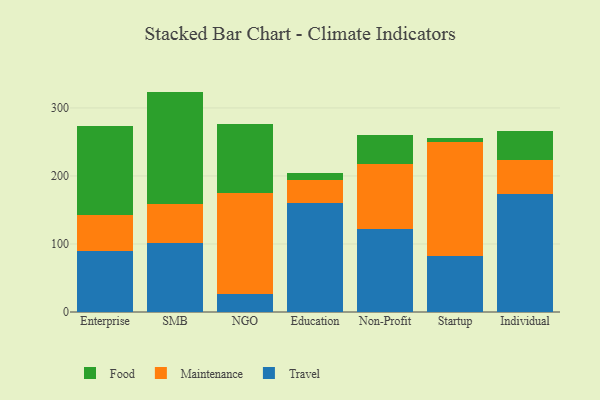
{"axis": {"x": "Segment", "y": "Operating Costs (USD K)"}, "legend": ["Food", "Maintenance", "Travel"], "data": [{"x": "Enterprise", "y": 90.2, "type": "Travel"}, {"x": "Enterprise", "y": 52.8, "type": "Maintenance"}, {"x": "Enterprise", "y": 130.0, "type": "Food"}, {"x": "SMB", "y": 101.9, "type": "Travel"}, {"x": "SMB", "y": 56.5, "type": "Maintenance"}, {"x": "SMB", "y": 165.6, "type": "Food"}, {"x": "NGO", "y": 27.1, "type": "Travel"}, {"x": "NGO", "y": 147.9, "type": "Maintenance"}, {"x": "NGO", "y": 101.6, "type": "Food"}, {"x": "Education", "y": 159.6, "type": "Travel"}, {"x": "Education", "y": 34.9, "type": "Maintenance"}, {"x": "Education", "y": 10.4, "type": "Food"}, {"x": "Non-Profit", "y": 121.4, "type": "Travel"}, {"x": "Non-Profit", "y": 95.6, "type": "Maintenance"}, {"x": "Non-Profit", "y": 42.6, "type": "Food"}, {"x": "Startup", "y": 82.4, "type": "Travel"}, {"x": "Startup", "y": 167.7, "type": "Maintenance"}, {"x": "Startup", "y": 5.6, "type": "Food"}, {"x": "Individual", "y": 173.0, "type": "Travel"}, {"x": "Individual", "y": 50.7, "type": "Maintenance"}, {"x": "Individual", "y": 42.1, "type": "Food"}]}